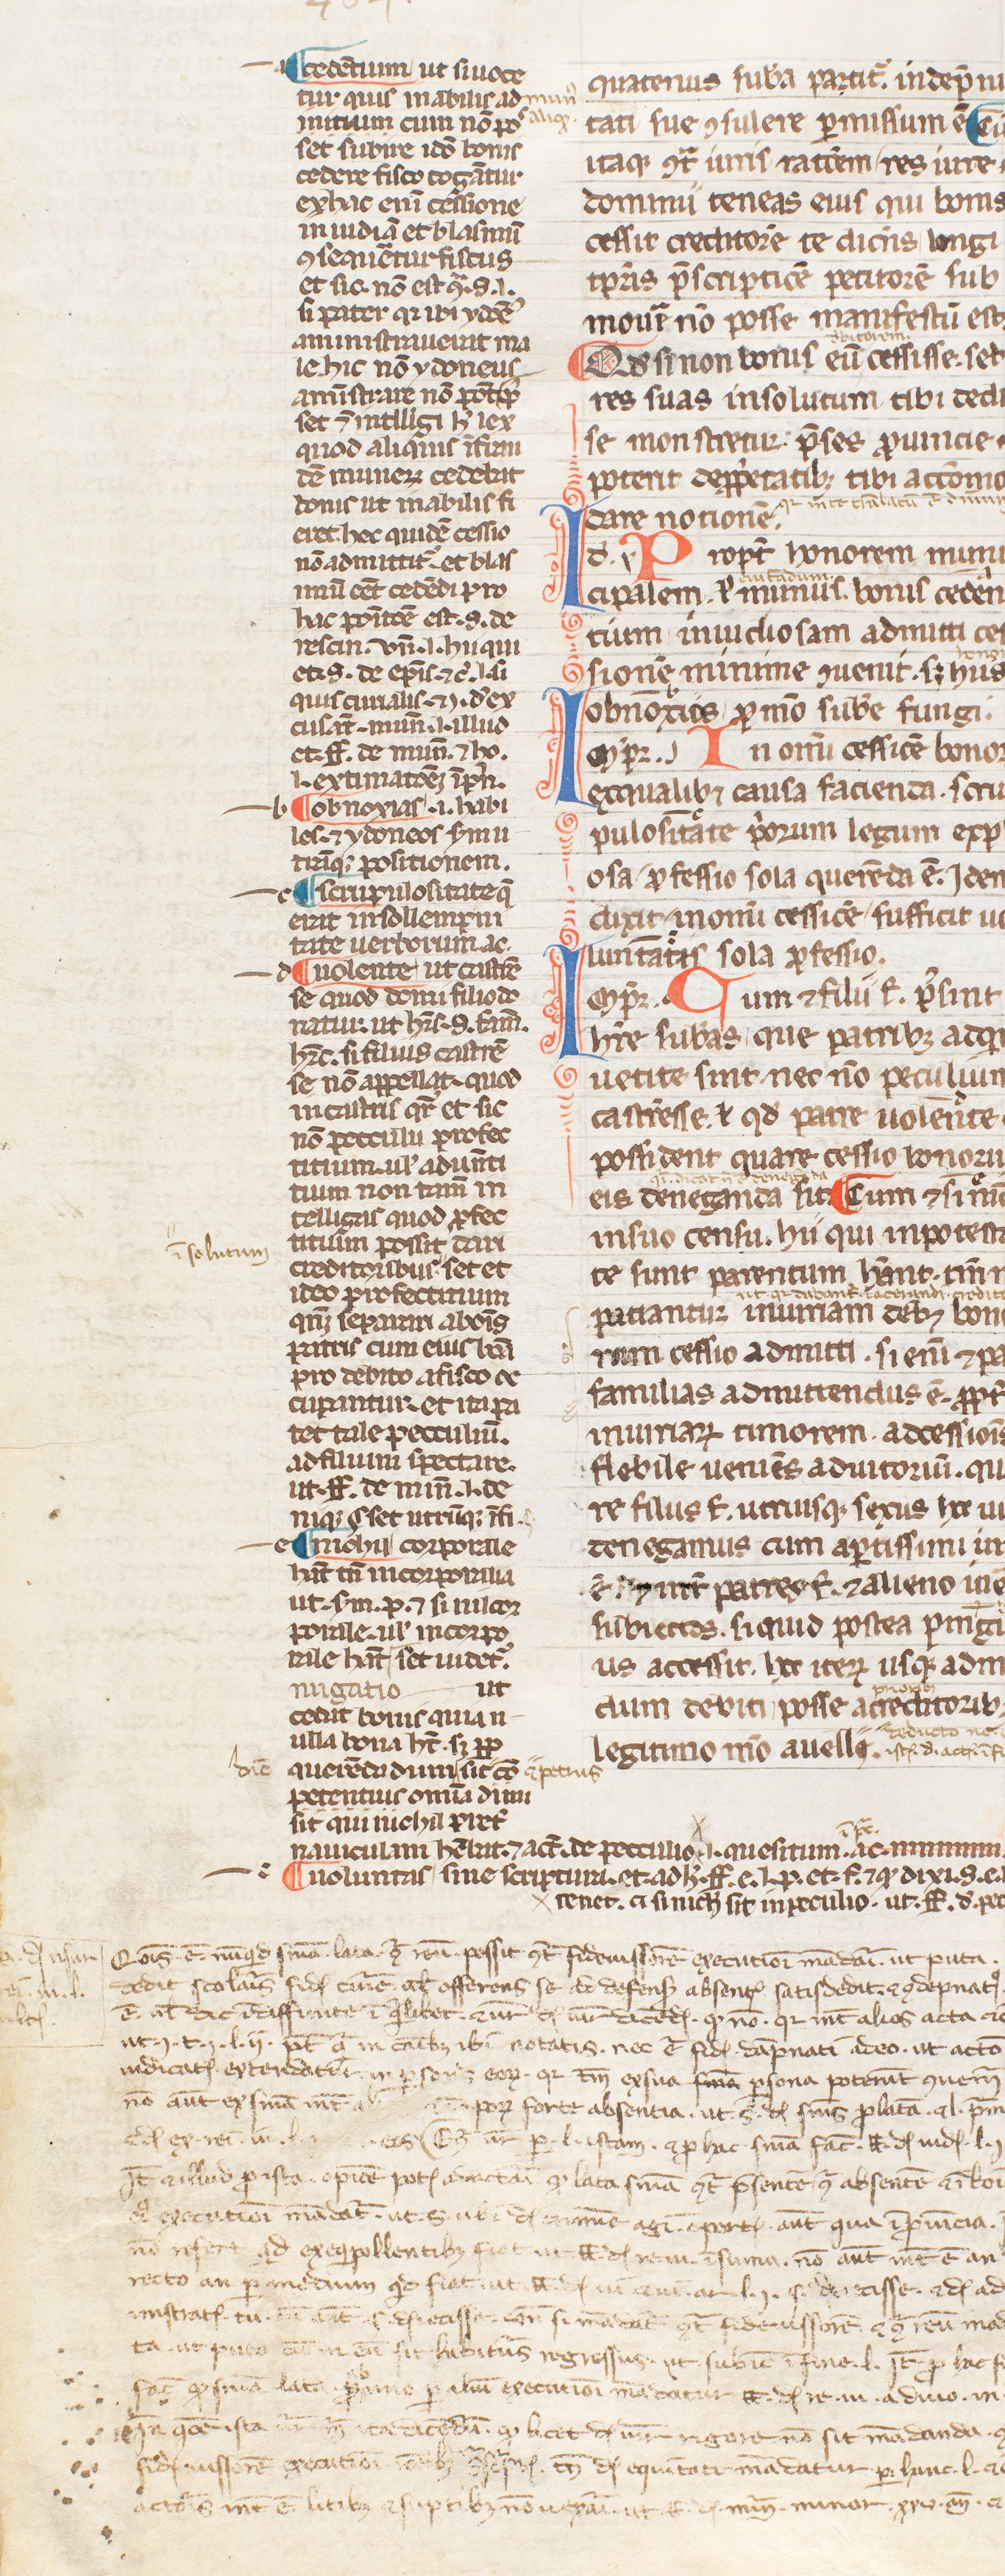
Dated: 1250–1399